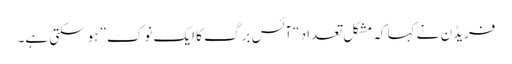
فریڈن نے کہا کہ مشکل تعداد “آئس برگ کا ایک نوک” ہوسکتی ہے۔